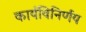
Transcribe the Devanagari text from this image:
कार्यविनिर्णय